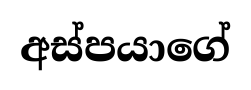
අස්පයාගේ